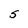
Character: S